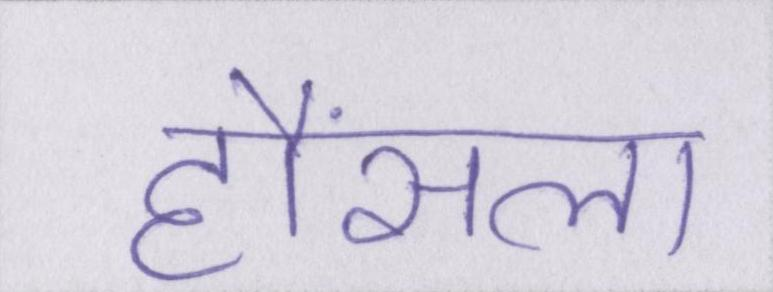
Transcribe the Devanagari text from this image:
हौंसला